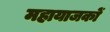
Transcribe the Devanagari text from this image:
महायाजकों